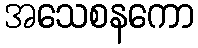
အသေစနကော